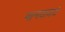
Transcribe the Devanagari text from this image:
मानवाकडे